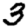
Digit: 3